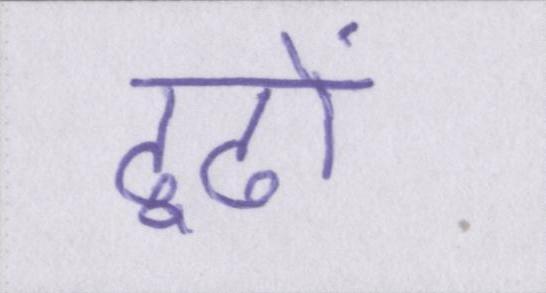
ढूढों